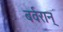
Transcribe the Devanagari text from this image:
बर्वरान्